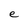
Character: e